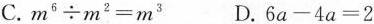
C.$$m ^ { 6 } \div m ^ { 2 } = m ^ { 3 }$$ D.$$6 a - 4 a = 2$$